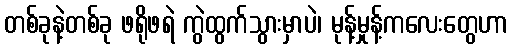
တစ်ခုနဲ့တစ်ခု ဖရိုဖရဲ ကွဲထွက်သွားမှာပဲ၊ မုန့်မှုန့်ကလေးတွေဟာ